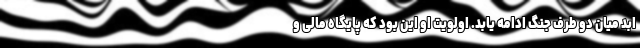
ابد میان دو طرف جنگ ادامه یابد. اولویت او این بود که پایگاه مالی و